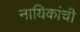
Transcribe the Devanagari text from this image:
नायिकांची